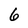
Character: 6